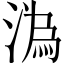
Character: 溈